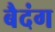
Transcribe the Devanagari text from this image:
बैदंग